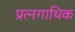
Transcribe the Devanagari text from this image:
प्रत्नगाथिक